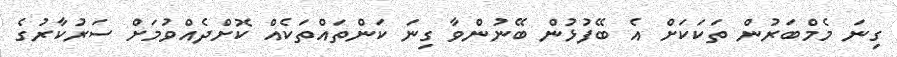
ގިނަ މެމްބަރުން ތަކަކަށް އެ ބޭފުޅުން ބޭނުންވާ ގިނަ ކަންތައްތަކެއް ކޮށްދެއްވުމަށް ސަރުކާރުގެ